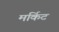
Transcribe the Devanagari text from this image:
मर्किट